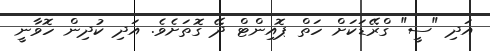
އަދި "ސީ" ގްރޭޑަކަށް ހަތް ޕޮއިންޓް ދޭ ގޮތަށެވެ. އަދި ކުދިން ހޮވާނީ